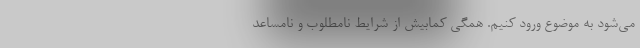
می‌شود به موضوع ورود کنیم. همگی کمابیش از شرایط نامطلوب و نامساعد